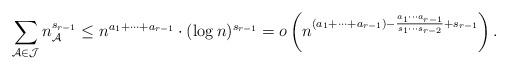
LaTeX: \begin{align*}\sum_{\mathcal{A}\in \mathcal{J}}n_{\mathcal{A}}^{s_{r-1}}\le n^{a_1+\cdots+a_{r-1}}\cdot (\log n)^{s_{r-1}}=o\left(n^{(a_1+\cdots+a_{r-1})-\frac{a_1\cdots a_{r-1}}{s_1 \cdots s_{r-2}}+s_{r-1}}\right).\end{align*}